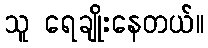
သူ ရေချိုးနေတယ်။